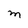
Character: M